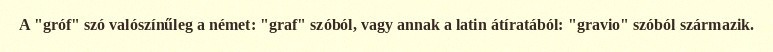
A "gróf" szó valószínűleg a német: "graf" szóból, vagy annak a latin átíratából: "gravio" szóból származik.